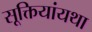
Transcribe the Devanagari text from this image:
सूक्तियांयथा